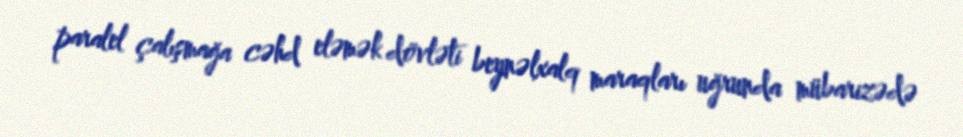
paralel çalışmağa cəhd eləmək dövləti beynəlxalq maraqları uğrunda mübarizədə